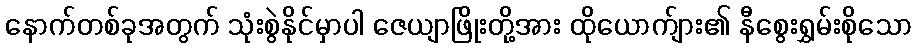
နောက်တစ်ခုအတွက် သုံးစွဲနိုင်မှာပါ ဇေယျာဖြိုးတို့အား ထိုယောက်ျား၏ နီစွေးရွှမ်းစိုသော